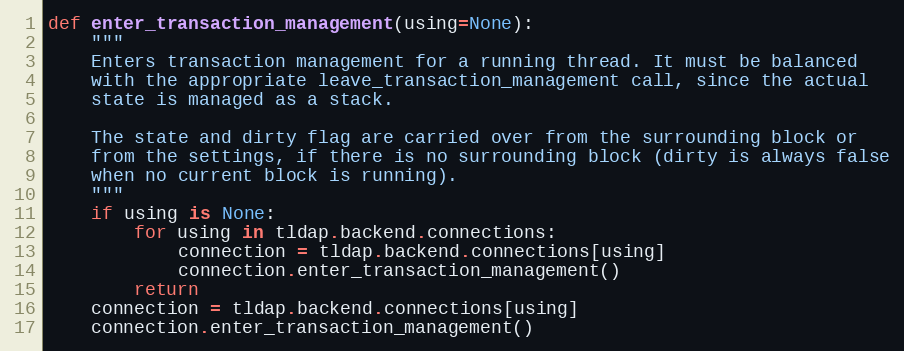
Language: Python
def enter_transaction_management(using=None):
    """
    Enters transaction management for a running thread. It must be balanced
    with the appropriate leave_transaction_management call, since the actual
    state is managed as a stack.

    The state and dirty flag are carried over from the surrounding block or
    from the settings, if there is no surrounding block (dirty is always false
    when no current block is running).
    """
    if using is None:
        for using in tldap.backend.connections:
            connection = tldap.backend.connections[using]
            connection.enter_transaction_management()
        return
    connection = tldap.backend.connections[using]
    connection.enter_transaction_management()